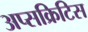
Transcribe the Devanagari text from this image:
अप्सक्रिटिस